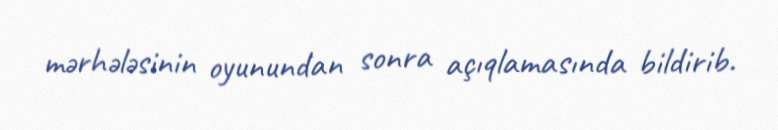
mərhələsinin oyunundan sonra açıqlamasında bildirib.